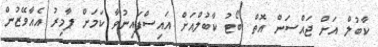
ކާބުލް އަށް ޖައްސަން އޮތް ބޯޓު ކާބުލްއަށް އައިސްފައިނުވާ ކަމަށް ޕާމިރު އެއާވޭޒުން